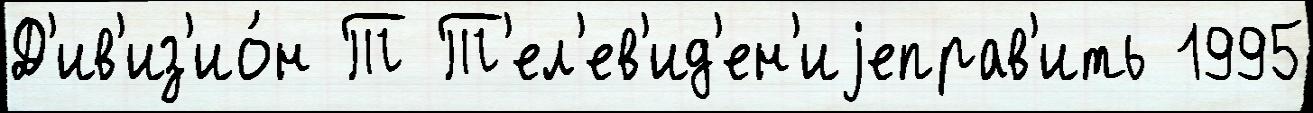
Д'ив'из'ио́н Т Т'ел'ев'ид'ен'иjеправ'ить 1995